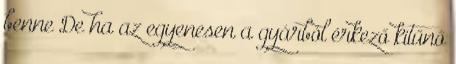
benne De ha az egyenesen a gyárból érkező kitűnő